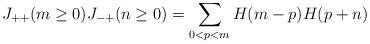
LaTeX: \begin{align*}J_{++}(m\ge 0)J_{-+}(n \ge 0) = \sum_{0<p<m} H(m-p)H(p+n)\end{align*}